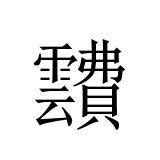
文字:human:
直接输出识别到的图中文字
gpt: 靅